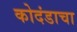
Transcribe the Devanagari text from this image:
कोदंडाचा